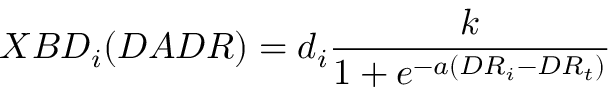
X B D _ { i } ( D A D R ) = d _ { i } \frac { k } { 1 + e ^ { - a \left( D R _ { i } - D R _ { t } \right) } }